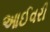
આઈવરી